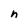
Character: n